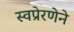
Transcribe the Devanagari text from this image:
स्वप्रेरणेने